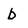
Character: b